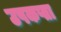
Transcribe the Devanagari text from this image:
उपकप्ता